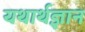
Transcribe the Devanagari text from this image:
यथार्थज्ञान